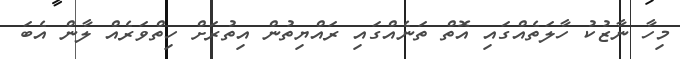
މިހާ ނާޒުކު ހާލަތެއްގައި އޮތް ތަނެއްގައި ރައްޔިތުން އިތުރަށް ހިތްވަރެއް ލާން އެބަ